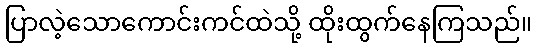
ပြာလဲ့သောကောင်းကင်ထဲသို့ ထိုးထွက်နေကြသည်။